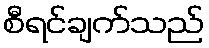
စီရင်ချက်သည်